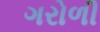
ગરોળી